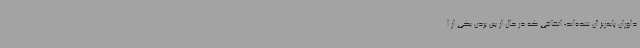
داوران پایه‌ریز آن شده‌اند؛ اتفاقی که در حال از بین بردن یکی از ا